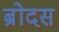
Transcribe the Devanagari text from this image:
ब्रोदस